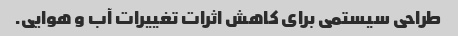
طراحی سیستمی برای کاهش اثرات تغییرات آب و هوایی.